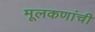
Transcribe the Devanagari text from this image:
मूलकणांची